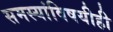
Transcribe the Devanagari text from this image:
समस्यांविषयीही